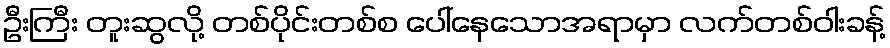
ဦးကြီး တူးဆွလို့ တစ်ပိုင်းတစ်စ ပေါ်နေသောအရာမှာ လက်တစ်ဝါးခန့်